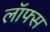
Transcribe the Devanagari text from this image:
लॉफ्स